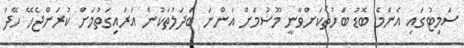
ސަމިޓުގައި އެންމެ ބޮޑު ބަހުޘަކަށްވާނީ މޫސުމަށް އަންނަ ބަދަލުތަކުން އަރައިގަތުމަށް ކުރަންޖެހޭ ހޭދަ